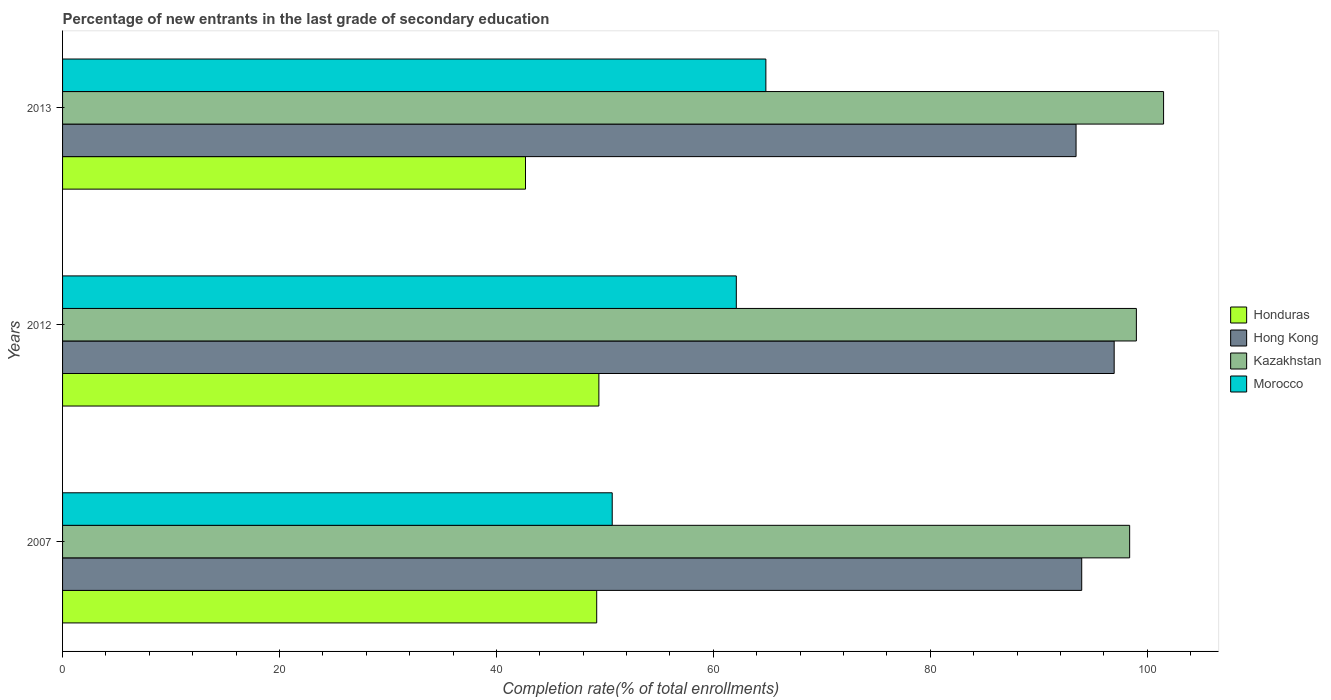
| Years | Honduras | Hong Kong | Kazakhstan | Morocco |
 | --- | --- | --- | --- | --- |
 | 2007 | 49.2 | 94 | 98.4 | 50.7 |
 | 2012 | 49.4 | 97 | 99 | 62.1 |
 | 2013 | 42.7 | 93.4 | 102 | 64.8 |